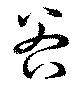
谷